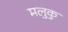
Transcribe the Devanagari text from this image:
मलुकु